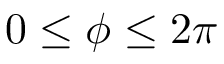
0 \leq \phi \leq 2 \pi